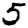
Digit: 5